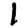
Digit: 1